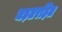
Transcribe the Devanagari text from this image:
जड़तरहित